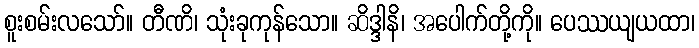
စူးစမ်းလသော်။ တီဏိ၊ သုံးခုကုန်သော။ ဆိဒ္ဒါနိ၊ အပေါက်တို့ကို။ ပေဿယျယထာ၊